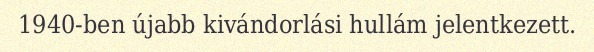
1940-ben újabb kivándorlási hullám jelentkezett.